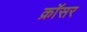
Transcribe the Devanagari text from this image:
क्रॉसर